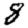
Digit: 8